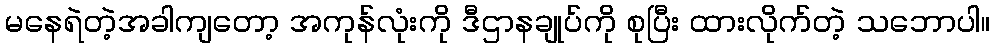
မနေရဲတဲ့အခါကျတော့ အကုန်လုံးကို ဒီဌာနချုပ်ကို စုပြီး ထားလိုက်တဲ့ သဘောပါ။